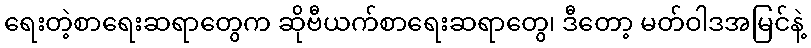
ရေးတဲ့စာရေးဆရာတွေက ဆိုဗီယက်စာရေးဆရာတွေ၊ ဒီတော့ မတ်ဝါဒအမြင်နဲ့